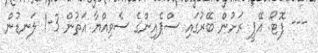
--- ފޮޓޯ: އޭޕީ ރަށުން ބޭރުގައި ސްޕެއިންގެ ސެވިއްޔާ އަތުން 3-1 ލަނޑުން